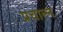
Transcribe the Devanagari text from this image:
प्रचाल्न